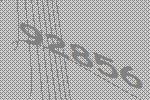
92856